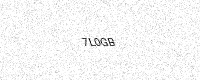
Text: 7L0GB